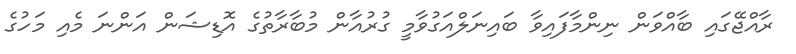
ރާއްޖޭގައި ބާއްވަން ނިންމާފައިވާ ބައިނަލްއަގުވާމީ ގުރުއާން މުބާރާތުގެ އޮޑިޝަން އަންނަ މެއި މަހުގެ